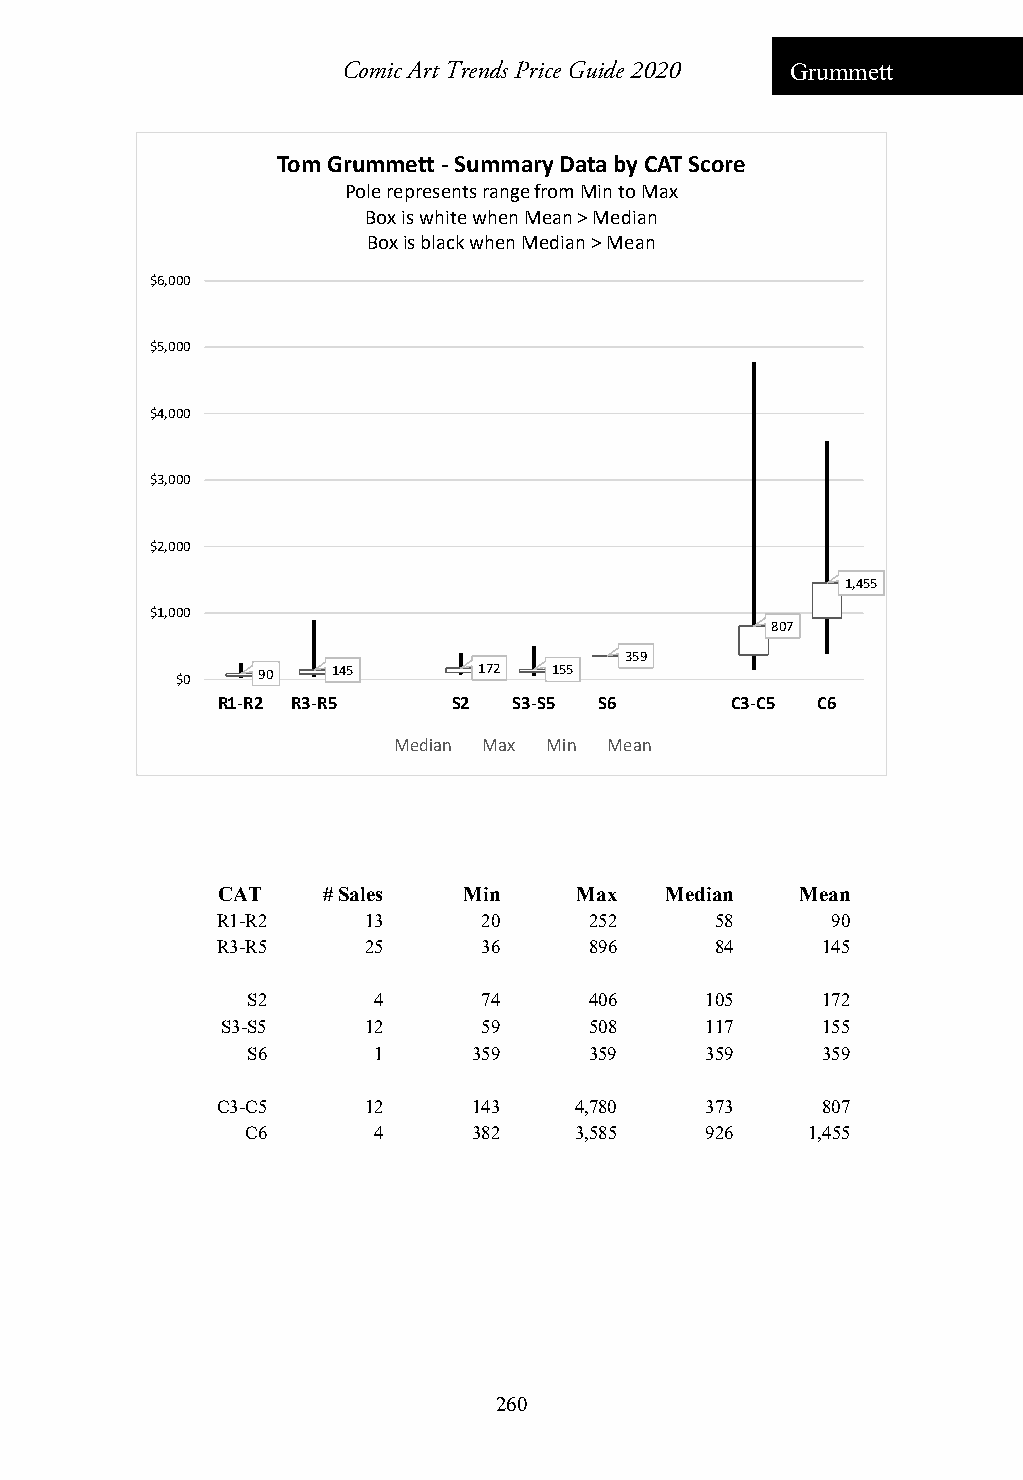
Comic Art Trends Price Guide 2020 Grummett
 Tom Grummett ‐Summary Data by CAT Score
 Pole represents range from Min to Max
 Box is white when Mean > Median
 Box is black when Median > Mean
 $6,000
 $5,000
 $4,000
 $3,000
 $2,000
 1,455
 $1,000
 807
 359
 $0   90   145       172  155
 R1‐R2 R3‐R5     S2  S3‐S5 S6      C3‐C5 C6
 Median Max Min Mean
 CAT    # Sales   Min    Max   Median   Mean
 R1-R2     13      20     252     58      90
 R3-R5     25      36     896     84     145
 S2       4      74     406     105    172
 S3-S5    12      59     508     117    155
 S6       1     359     359     359    359
 C3-C5     12     143    4,780    373    807
 C6       4     382    3,585    926   1,455
 260